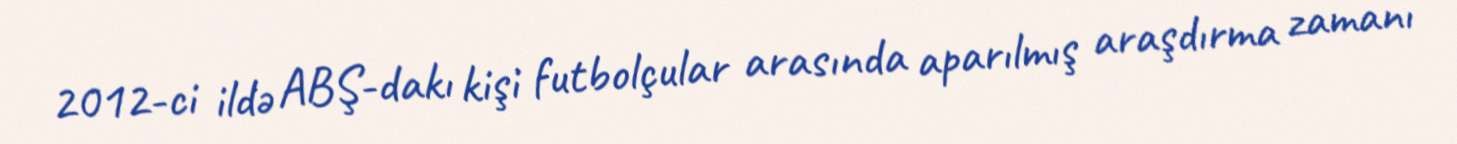
2012-ci ildə ABŞ-dakı kişi futbolçular arasında aparılmış araşdırma zamanı